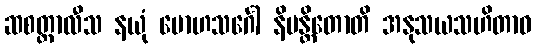
ဆစတ္တာလီသ နယုံ မောဟသင်္ဂေါ နိမန္တိတောတိ အနုသယသဟိတာဝ